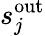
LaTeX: s_{j}^{\mathrm{out}}